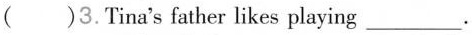
()3.Tina's father likes playing___.